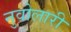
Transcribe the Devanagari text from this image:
नुवोलारी